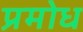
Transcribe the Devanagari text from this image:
प्रमोध